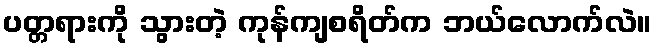
ပတ္တရားကို သွားတဲ့ ကုန်ကျစရိတ်က ဘယ်လောက်လဲ။